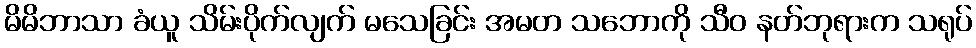
မိမိဘာသာ ခံယူ သိမ်းပိုက်လျက် မသေခြင်း အမတ သဘောကို သီဝ နတ်ဘုရားက သရုပ်